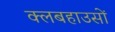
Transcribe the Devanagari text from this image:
क्लबहाउसों